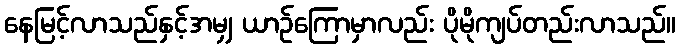
နေမြင့်လာသည်နှင့်အမျှ ယာဉ်ကြောမှာလည်း ပိုမိုကျပ်တည်းလာသည်။